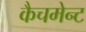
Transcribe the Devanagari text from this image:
कैचमेन्ट